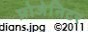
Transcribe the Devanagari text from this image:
प्रोजेनिटर